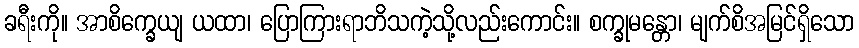
ခရီးကို။ အာစိက္ခေယျ ယထာ၊ ပြောကြားရာဘိသကဲ့သို့လည်းကောင်း။ စက္ခုမန္တော၊ မျက်စိအမြင်ရှိသော